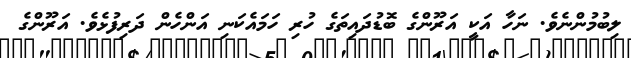
ލިބުމުންނެވެ. ނަހާ އަކީ އަރޫޫންގެ ބޮޑުދައިތަގެ ހުރި ހަމައެކަނި އަންހެން ދަރިފުޅެވެ. އަރޫންގެ